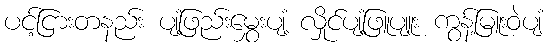
ပင့်ငြားတနည်း ပျံ့ဖြည်းမွှေးပျံ့ လှိုင်ပျံ့ဖြူပျူး ကွန့်မြူးဝဲပျံ